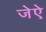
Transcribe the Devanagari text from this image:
जेऐ